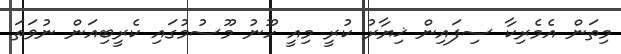
މިތަން އެމެރިކާ ސިފައިން ޚިޔާރު ކުރީ މިއީ ހޫނު މޫސުމުގައި ކެރީބިއަން ނުވަތަ